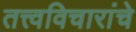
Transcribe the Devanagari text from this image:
तत्त्वविचारांचे